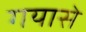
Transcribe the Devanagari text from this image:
गयासे